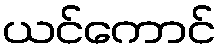
ယင်ကောင်